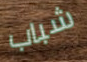
شباب